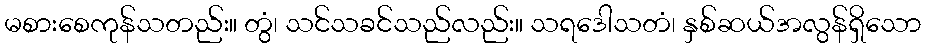
မစားစေကုန်သတည်း။ တွံ၊ သင်သခင်သည်လည်း။ သရဒေါသတံ၊ နှစ်ဆယ်အလွန်ရှိသော